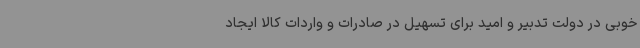
خوبی در دولت تدبیر و امید برای تسهیل در صادرات و واردات کالا ایجاد